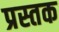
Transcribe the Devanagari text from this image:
प्रस्तक